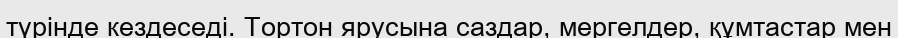
түрінде кездеседі. Тортон ярусына саздар, мергелдер, құмтастар мен